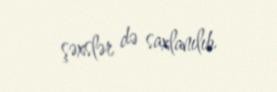
şəxslər də saxlanılıb.